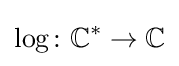
\log \colon \mathbb {C} ^{*}\to \mathbb {C}